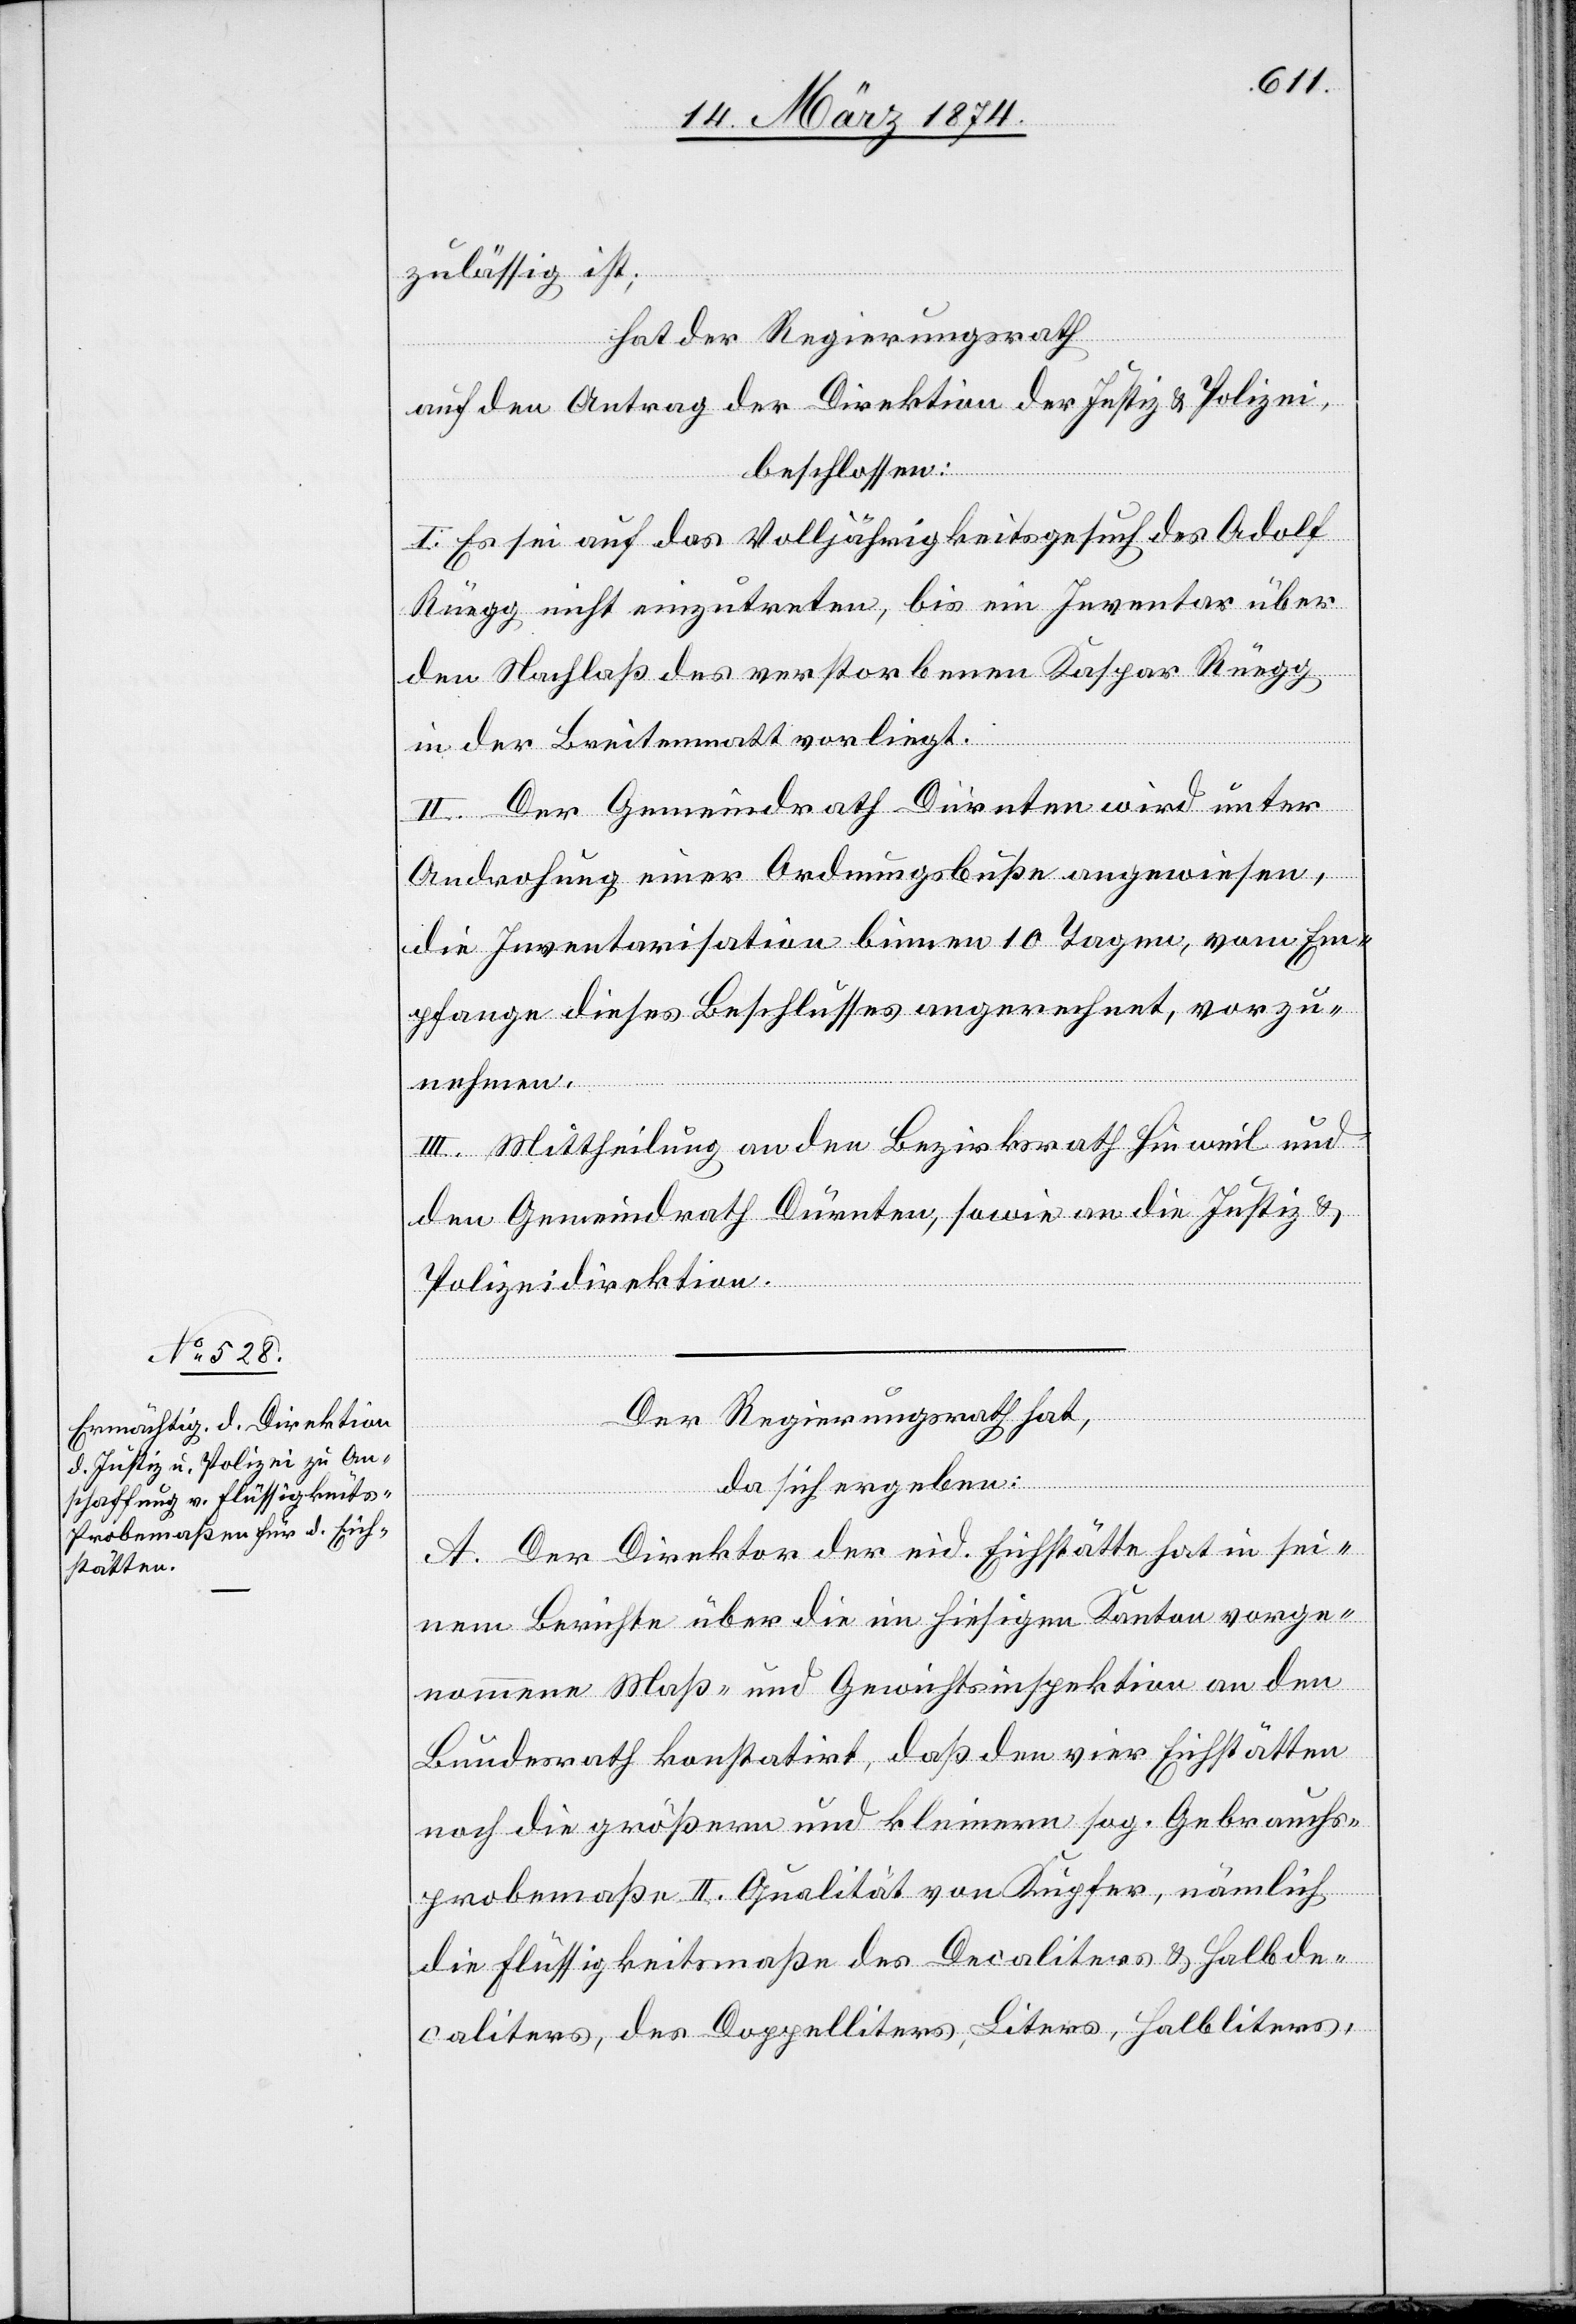
zulässig ist;
hat der Regierungsrath
auf den Antrag der Direktion der Justiz u. Polizei,
beschlossen:
I. Es sei auf das Volljährigkeitsgesuch des Adolf
Rüegg nicht einzutreten, bis ein Inventar über
den Nachlaß des verstorbenen Kaspar Rüegg
in der Breitenmatt vorliegt.
II. Der Gemeindrath Dürnten wird unter
Androhung einer Ordnungsbuße angewiesen,
die Inventarisation binnen 10 Tagen, vom Em¬
pfange dieses Beschlusses angerechnet, vorzu¬
nehmen.
III. Mittheilung an den Bezirksrath Hinweil und
den Gemeindrath Dürnten, sowie an die Justiz u.
Polizeidirektion.
Der Regierungsrath hat,
da sich ergeben:
A. Der Direktor der eid. Eichstätte hat in sei¬
nem Berichte über die im hiesigen Kanton vorge¬
nommenen Maß- und Gewichtsinspektion an den
Bundesrath konstatirt, daß den vier Eichstätten
noch die größern und kleinern sog. Gebrauchs¬
probemaße II. Qualität von Kupfer, nämlich
die Flüssigkeitsmaße des Decaliters u. Halbde¬
caliters, des Doppelliters, Liters, Halbliters,